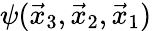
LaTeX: \psi(\vec{x}_{3},\vec{x}_{2},\vec{x}_{1})